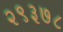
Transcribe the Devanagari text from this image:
२९३७८